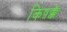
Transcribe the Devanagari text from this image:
किष़क्के